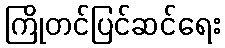
ကြိုတင်ပြင်ဆင်ရေး